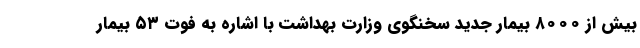
بیش از ۸۰۰۰ بیمار جدید سخنگوی وزارت بهداشت با اشاره به فوت ۵۳ بیمار